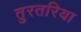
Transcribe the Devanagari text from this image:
तुरतरिया